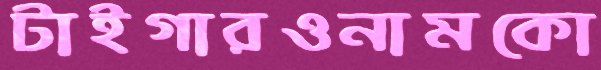
টাইগারওনামকো